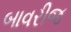
બાવરીજ